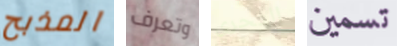
المذبح وتعرف التحري تسمين